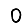
Digit: 0